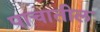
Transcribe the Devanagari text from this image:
पाचातील